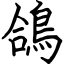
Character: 鴿